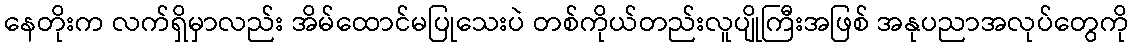
နေတိုးက လက်ရှိမှာလည်း အိမ်ထောင်မပြုသေးပဲ တစ်ကိုယ်တည်းလူပျိုကြီးအဖြစ် အနုပညာအလုပ်တွေကို